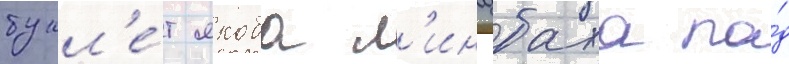
букл'е́т якоба л'инцбаха по́д